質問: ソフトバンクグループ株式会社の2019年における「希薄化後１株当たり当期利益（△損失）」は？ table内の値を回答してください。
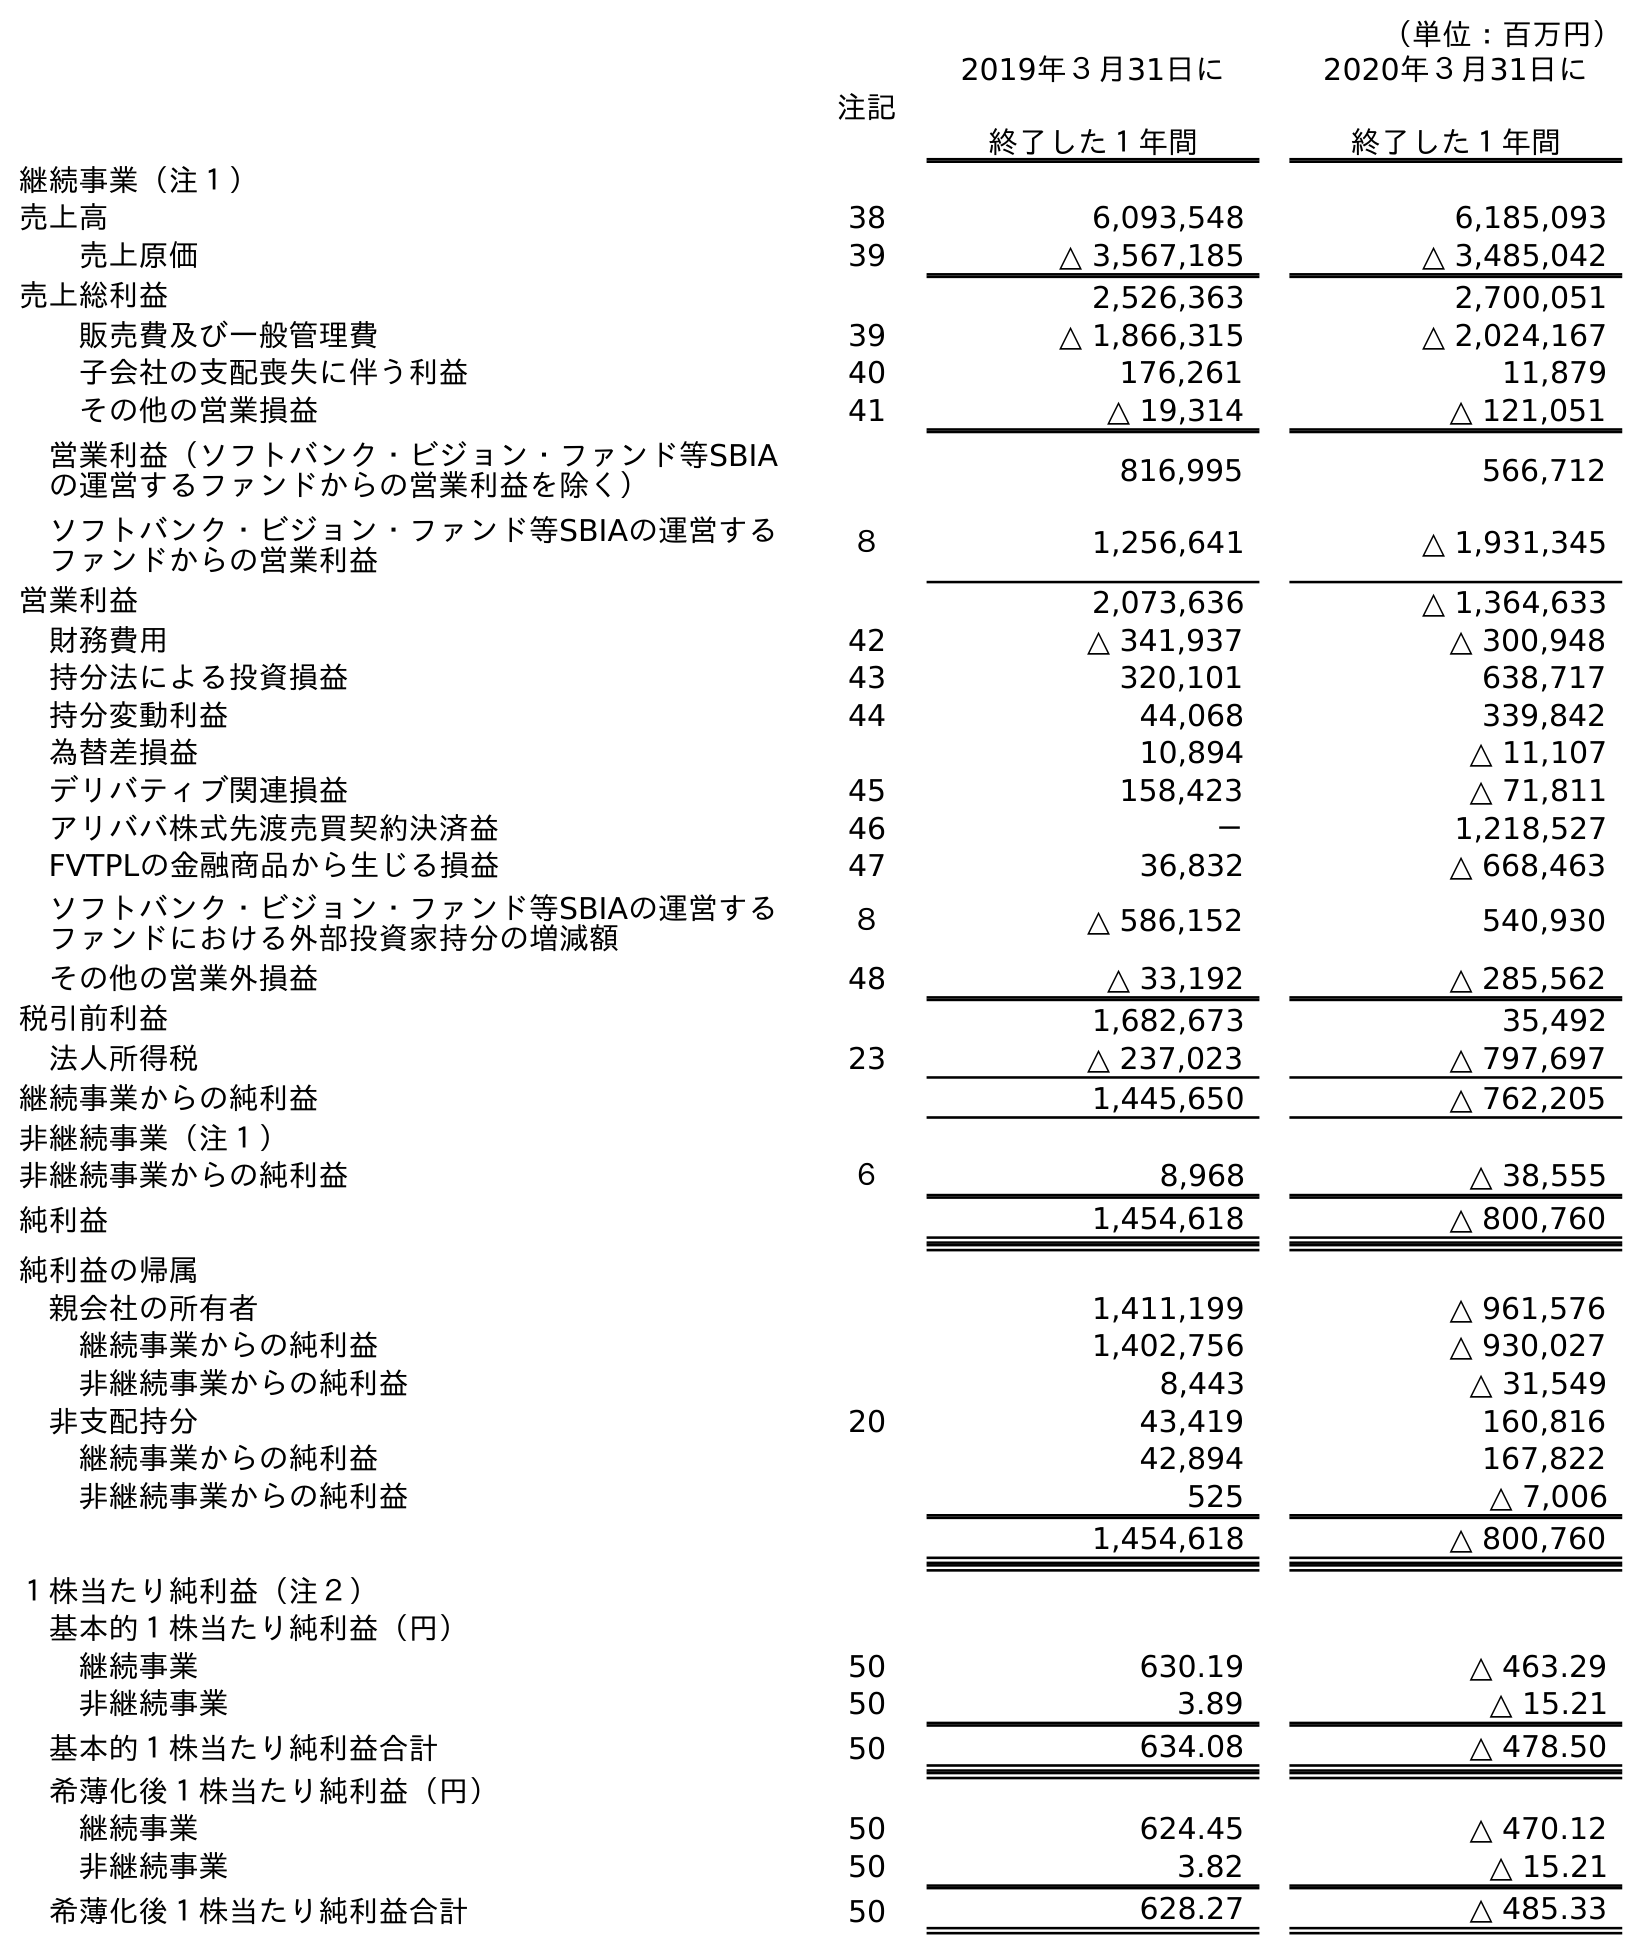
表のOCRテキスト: （単位：百万円） 注記 2019年３月31日に 終了した１年間 2020年３月31日に 終了した１年間 継続事業（注１） 売上高 38 6,093,548 6,185,093 売上原価 39 △ 3,567,185 △ 3,485,042 売上総利益 2,526,363 2,700,051 販売費及び一般管理費 39 △ 1,866,315 △ 2,024,167 子会社の支配喪失に伴う利益 40 176,261 11,879 その他の営業損益 41 △ 19,314 △ 121,051 営業利益（ソフトバンク・ビジョン・ファンド等SBIA の運営するファンドからの営業利益を除く） 816,995 566,712 ソフトバンク・ビジョン・ファンド等SBIAの運営する ファンドからの営業利益 ８ 1,256,641 △ 1,931,345 営業利益 2,073,636 △ 1,364,633 財務費用 42 △ 341,937 △ 300,948 持分法による投資損益 43 320,101 638,717 持分変動利益 44 44,068 339,842 為替差損益 10,894 △ 11,107 デリバティブ関連損益 45 158,423 △ 71,811 アリババ株式先渡売買契約決済益 46 － 1,218,527 FVTPLの金融商品から生じる損益 47 36,832 △ 668,463 ソフトバンク・ビジョン・ファンド等SBIAの運営する ファンドにおける外部投資家持分の増減額 ８ △ 586,152 540,930 その他の営業外損益 48 △ 33,192 △ 285,562 税引前利益 1,682,673 35,492 法人所得税 23 △ 237,023 △ 797,697 継続事業からの純利益 1,445,650 △ 762,205 非継続事業（注１） 非継続事業からの純利益 ６ 8,968 △ 38,555 純利益 1,454,618 △ 800,760 純利益の帰属 親会社の所有者 1,411,199 △ 961,576 継続事業からの純利益 1,402,756 △ 930,027 非継続事業からの純利益 8,443 △ 31,549 非支配持分 20 43,419 160,816 継続事業からの純利益 42,894 167,822 非継続事業からの純利益 525 △ 7,006 1,454,618 △ 800,760 １株当たり純利益（注２） 基本的１株当たり純利益（円） 継続事業 50 630.19 △ 463.29 非継続事業 50 3.89 △ 15.21 基本的１株当たり純利益合計 50 634.08 △ 478.50 希薄化後１株当たり純利益（円） 継続事業 50 624.45 △ 470.12 非継続事業 50 3.82 △ 15.21 希薄化後１株当たり純利益合計 50 628.27 △ 485.33
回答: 628.27